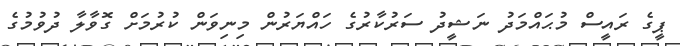
ޕީގެ ރައީސް މުޙައްމަދު ނަޝީދު ސަރުކާރުގެ ހައްޔަރުން މިނިވަން ކުރުމަށް ގޮވާލާ ދުވުމުގެ